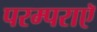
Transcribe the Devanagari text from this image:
परम्पराएॅ